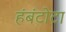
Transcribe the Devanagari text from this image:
हंबंटोटा